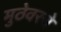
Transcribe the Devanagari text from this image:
मुठेवरचे